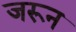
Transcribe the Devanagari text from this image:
जरून